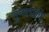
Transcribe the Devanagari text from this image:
सुधाताईंचे